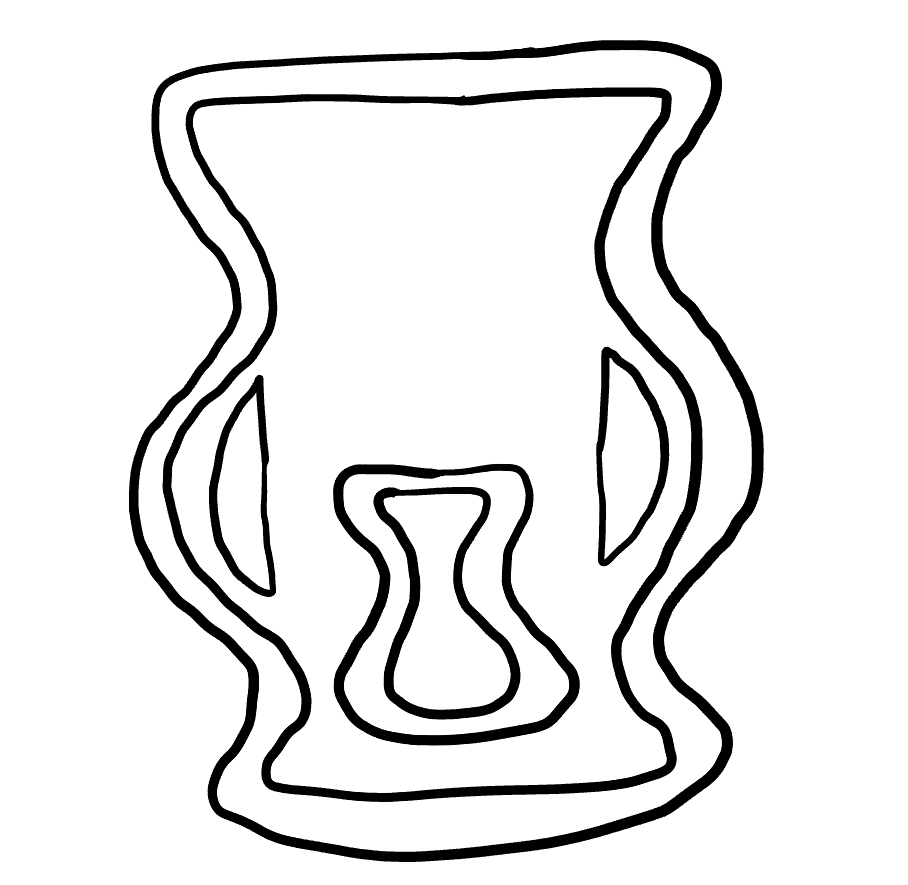
Number of regions (including the outer root region): 7
Containment tree edges (parent, child): 0, 1, 1, 2, 2, 3, 2, 5, 2, 6, 3, 4